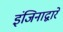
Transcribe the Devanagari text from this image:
इंजिनाद्वारे